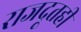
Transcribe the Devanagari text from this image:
राजदूतही